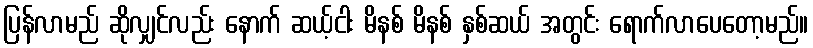
ပြန်လာမည် ဆိုလျှင်လည်း နောက် ဆယ့်ငါး မိနစ် မိနစ် နှစ်ဆယ် အတွင်း ရောက်လာပေတော့မည်။